King Institute of Preventive Medicine Bacteriolog. Section reports 1907-08
Year: 1907
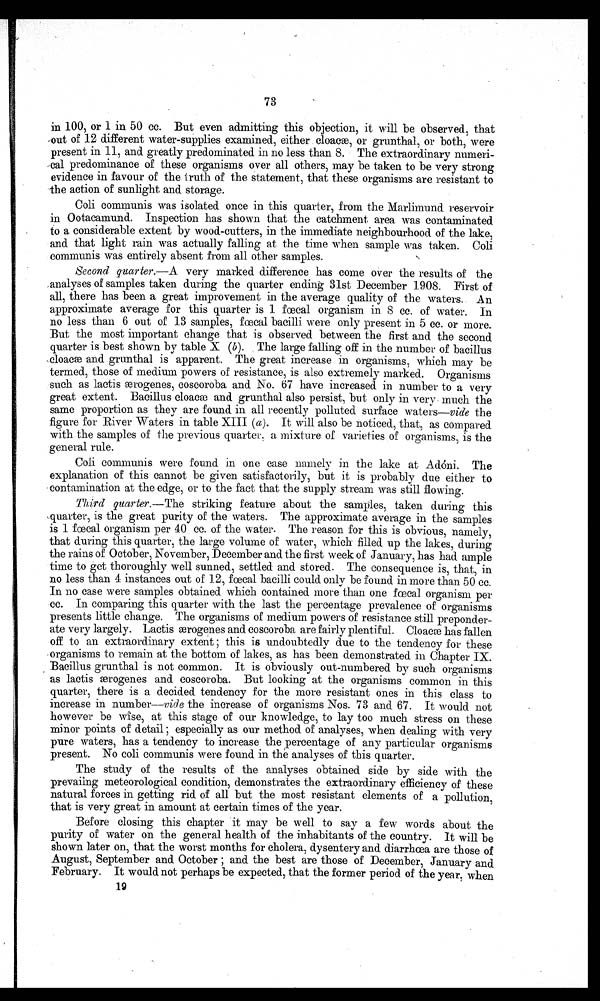
73
in 100, or 1 in 50 cc. But even admitting this objection, it will be observed, that
out of 12 different water-supplies examined, either cloacæ, or grunthal, or both, were
present in 11, and greatly predominated in no less than S. The extraordinary
n u m e r i - c a l p r e d o m i n a n c e o f t h e s e o r g a n i s m s o v e r a l l o t h e r s , m a y b e t a k e n t o b e v e r y s t r o n g
evidence in favour of the truth of the statement, that these organisms are resistant to
the action of sunlight and storage.
Coli communis was isolated once in this quarter, from the Marlimund reservoir
in Ootacamund. Inspection has shown that the catchment area was contaminated
to a considerable extent by wood-cutters, in the immediate neighbourhood of the lake,
and that light rain was actually falling at the time when sample was taken. Coli
communis was entirely absent from all other samples.
Second quarter.—A. very marked difference has come over the results of the
analyses of samples taken during the quarter ending 31st December 1908. First of
all, there has been a great improvement in the average quality of the waters. An
approximate average for this quarter is 1 fœcal organism in S cc. of water. In
no less than 6 out of 13 samples, fœcal bacilli. were only present in 5 cc. or more.
But the most important change that is observed between the first and the second
quarter is best shown by table X (b). The large falling off in the number of bacillus
cloacæ and grunthal is apparent. The great increase in organisms, which may be
termed, those of medium powers of resistance, is also extremely marked. Organisms
such as lactis ærogenes coscoroba and No. 67 have increased in number to a very
great extent. Bacillus cloacae and grunthal also persist, but only in very much the
same proportion as they are found in all recently polluted surface waters—vide the
figure for River Waters in table XIII (a). It will also be noticed, that, as compared
with the samples of the previous quarter a mixture of varieties of organisms, is the
general rule.
Coli communis were found in one case namely in the lake at Adoni. The
explanation of this cannot be given satisfactorily, but it is probably due either to
contamination at the edge, or to the fact that the supply stream was still flowing.
Third quarter.—The striking feature about the samples, taken during this
-.quarter, is the great purity of the waters. The approximate average in the samples
is 1 fœcal organism per 40 cc. of the water. The reason for this is obvious, namely,
that during this quarter, the large volume of water, which filled up the lakes, during
the rains of October, November, December and the first week of January, has had ample
time to get thoroughly well sunned, settled and stored. The consequence is, that, in
no less than 4 instances out of 12, fœcal bacilli could only be found in more than 50 cc.
In no case were samples obtained which contained more than one feal organism per
cc. In comparing this quarter with the last the percentage prevalence of organisms
presents little change. The organisms of medium powers of resistance still preponder-
ate very largely. Lactis ærogenes and coscoroba are fairly plentiful. Cloaae has fallen
off to an extraordinary extent ; this is undoubtedly due to the tendency for these
organisms to remain at the bottom of lakes, as has been demonstrated in Chapter IX.
Bacillus grunthal is not common. It is obviously out-numbered by such organisms
as lactis ærogenes and coscoroba. But looking at the organisms common in this
quarter, there is a decided tendency for the more resistant ones in this class to
increase in number—vide the increase of organisms Nos. 73 and 67. It would not
however be wise, at this stage of our knowledge, to lay too much stress on these
minor points of detail ; especially as our method of analyses, when dealing with very
pure waters, has a tendency to increase the percentage of any particular organisms
present. No coli communis were found in the analyses of this quarter.
The study of the results of the analyses obtained side by side with the
prevaiing meteorological condition, demonstrates the extraordinary efficiency of these
natural forces in getting rid of all but the most resistant elements of a pollution,
that is very great in amount at certain times of the year.
Before closing this chapter it may be well to say a few words about the
purity of water on the general health of the inhabitants of the country. It will be
shown later on, that the worst months for cholera, dysentery and diarrhœa are those of
August, September and October ; and the best are those of December, January and
February. It would not perhaps be expected, that the former period of the year, when
19